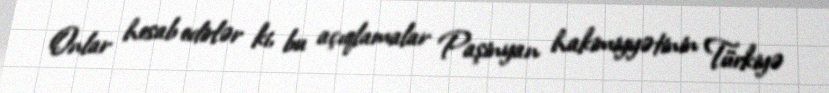
Onlar hesab edirlər ki, bu açıqlamalar Paşinyan hakimiyyətinin Türkiyə